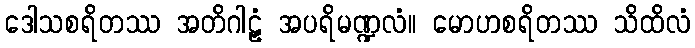
ဒေါသစရိတဿ အတိဂါဠှံ အပရိမဏ္ဍလံ။ မောဟစရိတဿ သိထိလံ